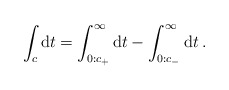
\begin{align*}\int_{c} {\rm d}t = \int_{0: c_+}^{\infty} {\rm d}t - \int_{0: c_-}^{\infty} {\rm d}t \>.\end{align*}